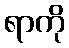
ရာကို